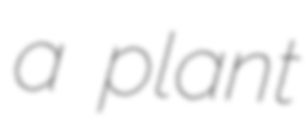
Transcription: a plant